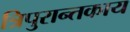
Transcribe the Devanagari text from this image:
त्रिपुरान्तकाय